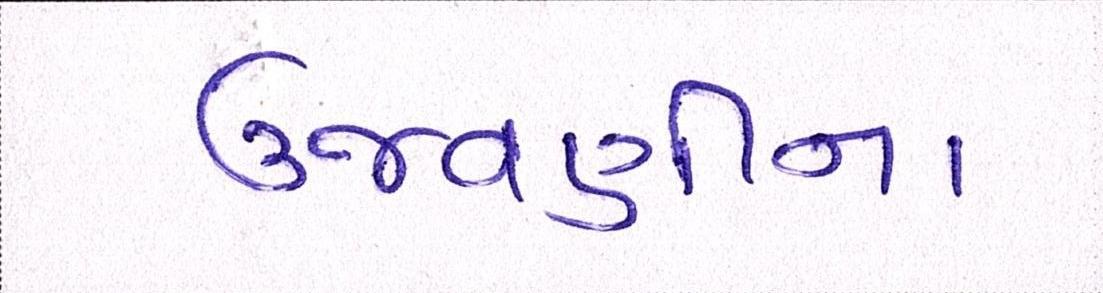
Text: ઉજવણીના